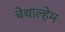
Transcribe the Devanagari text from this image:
बेथाल्हेम